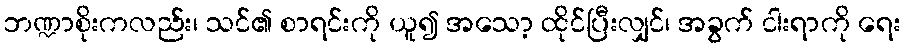
ဘဏ္ဍာစိုးကလည်း၊ သင်၏ စာရင်းကို ယူ၍ အသော့ ထိုင်ပြီးလျှင်၊ အခွက် ငါးရာကို ရေး